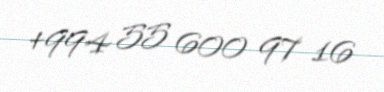
+994 55 600 97 16